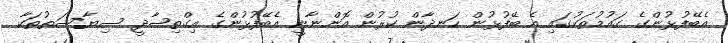
އެބޭފުޅުންގެ ގައުމުތަކުގައި އެ ބޭފުޅުން ހަނދާން ކުރުން އޮންނާނީ އެބޭފުޅުންގެ އިގްތިޞާދީ ސިޔާސަތުތަކާ